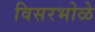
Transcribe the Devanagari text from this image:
विसरभोळे